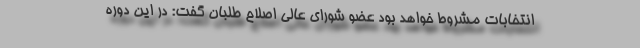
انتخابات مشروط خواهد بود عضو شوراى عالى اصلاح طلبان گفت: در این دوره